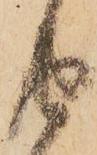
由